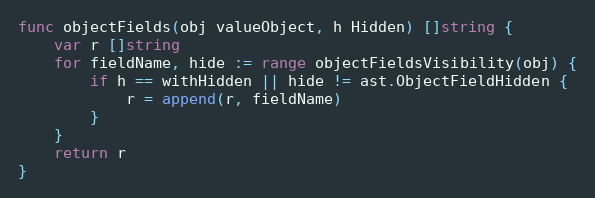
Language: Go
func objectFields(obj valueObject, h Hidden) []string {
	var r []string
	for fieldName, hide := range objectFieldsVisibility(obj) {
		if h == withHidden || hide != ast.ObjectFieldHidden {
			r = append(r, fieldName)
		}
	}
	return r
}